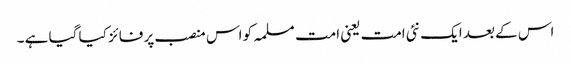
اس کے بعد ایک نئی امت یعنی امت مسلمہ کو اس منصب پر فائز کیا گیا ہے ۔